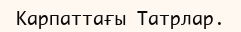
Карпаттағы Татрлар.